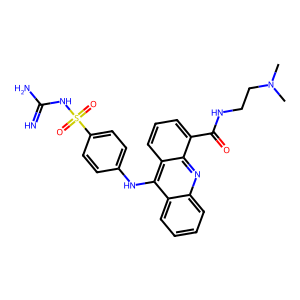
SMILES: CN(C)CCNC(=O)c1cccc2c(Nc3ccc(S(=O)(=O)NC(=N)N)cc3)c3ccccc3nc12
Inhibits HIV replication: No